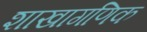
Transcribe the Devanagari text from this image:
शाखागणिक